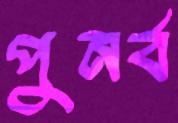
পুনর্ব